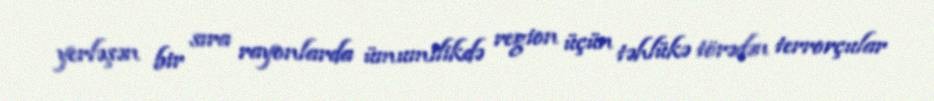
yerləşən bir sıra rayonlarda ümumilikdə region üçün təhlükə törədən terrorçular